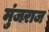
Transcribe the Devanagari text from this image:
मुंजराज